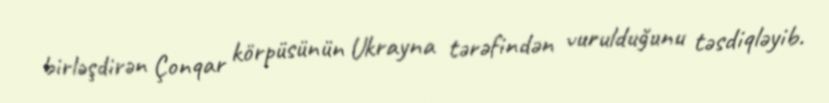
birləşdirən Çonqar körpüsünün Ukrayna tərəfindən vurulduğunu təsdiqləyib.